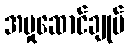
အမှုဆောင်ချုပ်